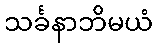
သင်္ခနာဘိမယံ